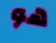
هو